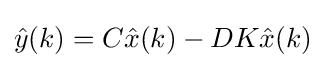
{\hat {y}}(k)=C{\hat {x}}(k)-DK{\hat {x}}(k)